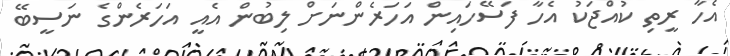
އެހާ ރީތި ކުއްޖަކު އެހާ ފަސޭހައިން އަހަރެންނަށް ލިބުން އެއީ އަހަރެންގެ ނަސީބޭ